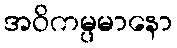
အဝိကမ္ပမာနော